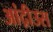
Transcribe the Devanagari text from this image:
आंद्रीउस